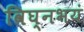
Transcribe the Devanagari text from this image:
विघ्नभयं